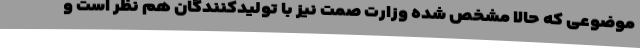
موضوعی که حالا مشخص شده وزارت صمت نیز با تولیدکنندگان هم نظر است و